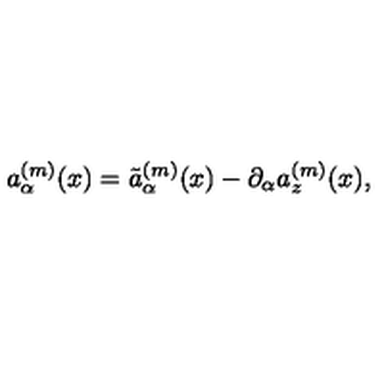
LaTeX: a _ { \alpha } ^ { ( m ) } ( x ) = \tilde { a } _ { \alpha } ^ { ( m ) } ( x ) - \partial _ { \alpha } a _ { z } ^ { ( m ) } ( x ) ,